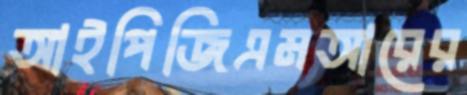
আইপিজিএমআরের